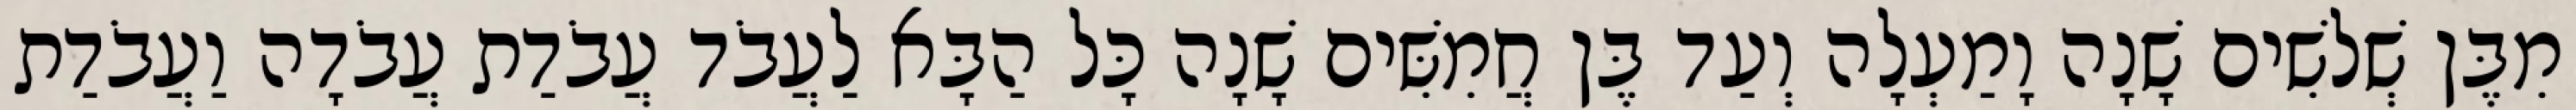
מִבֶּן שְׁלשִׁים שָׁנָה וָמַעְלָה וְעַד בֶּן חֲמִשִּׁים שָׁנָה כָּל הַבָּא לַעֲבֹד עֲבֹדַת עֲבֹדָה וַעֲבֹדַת